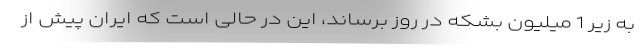
به زیر 1 میلیون بشکه در روز برساند، این در حالی است که ایران پیش از